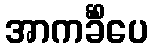
အာကင်္ခိံပေ